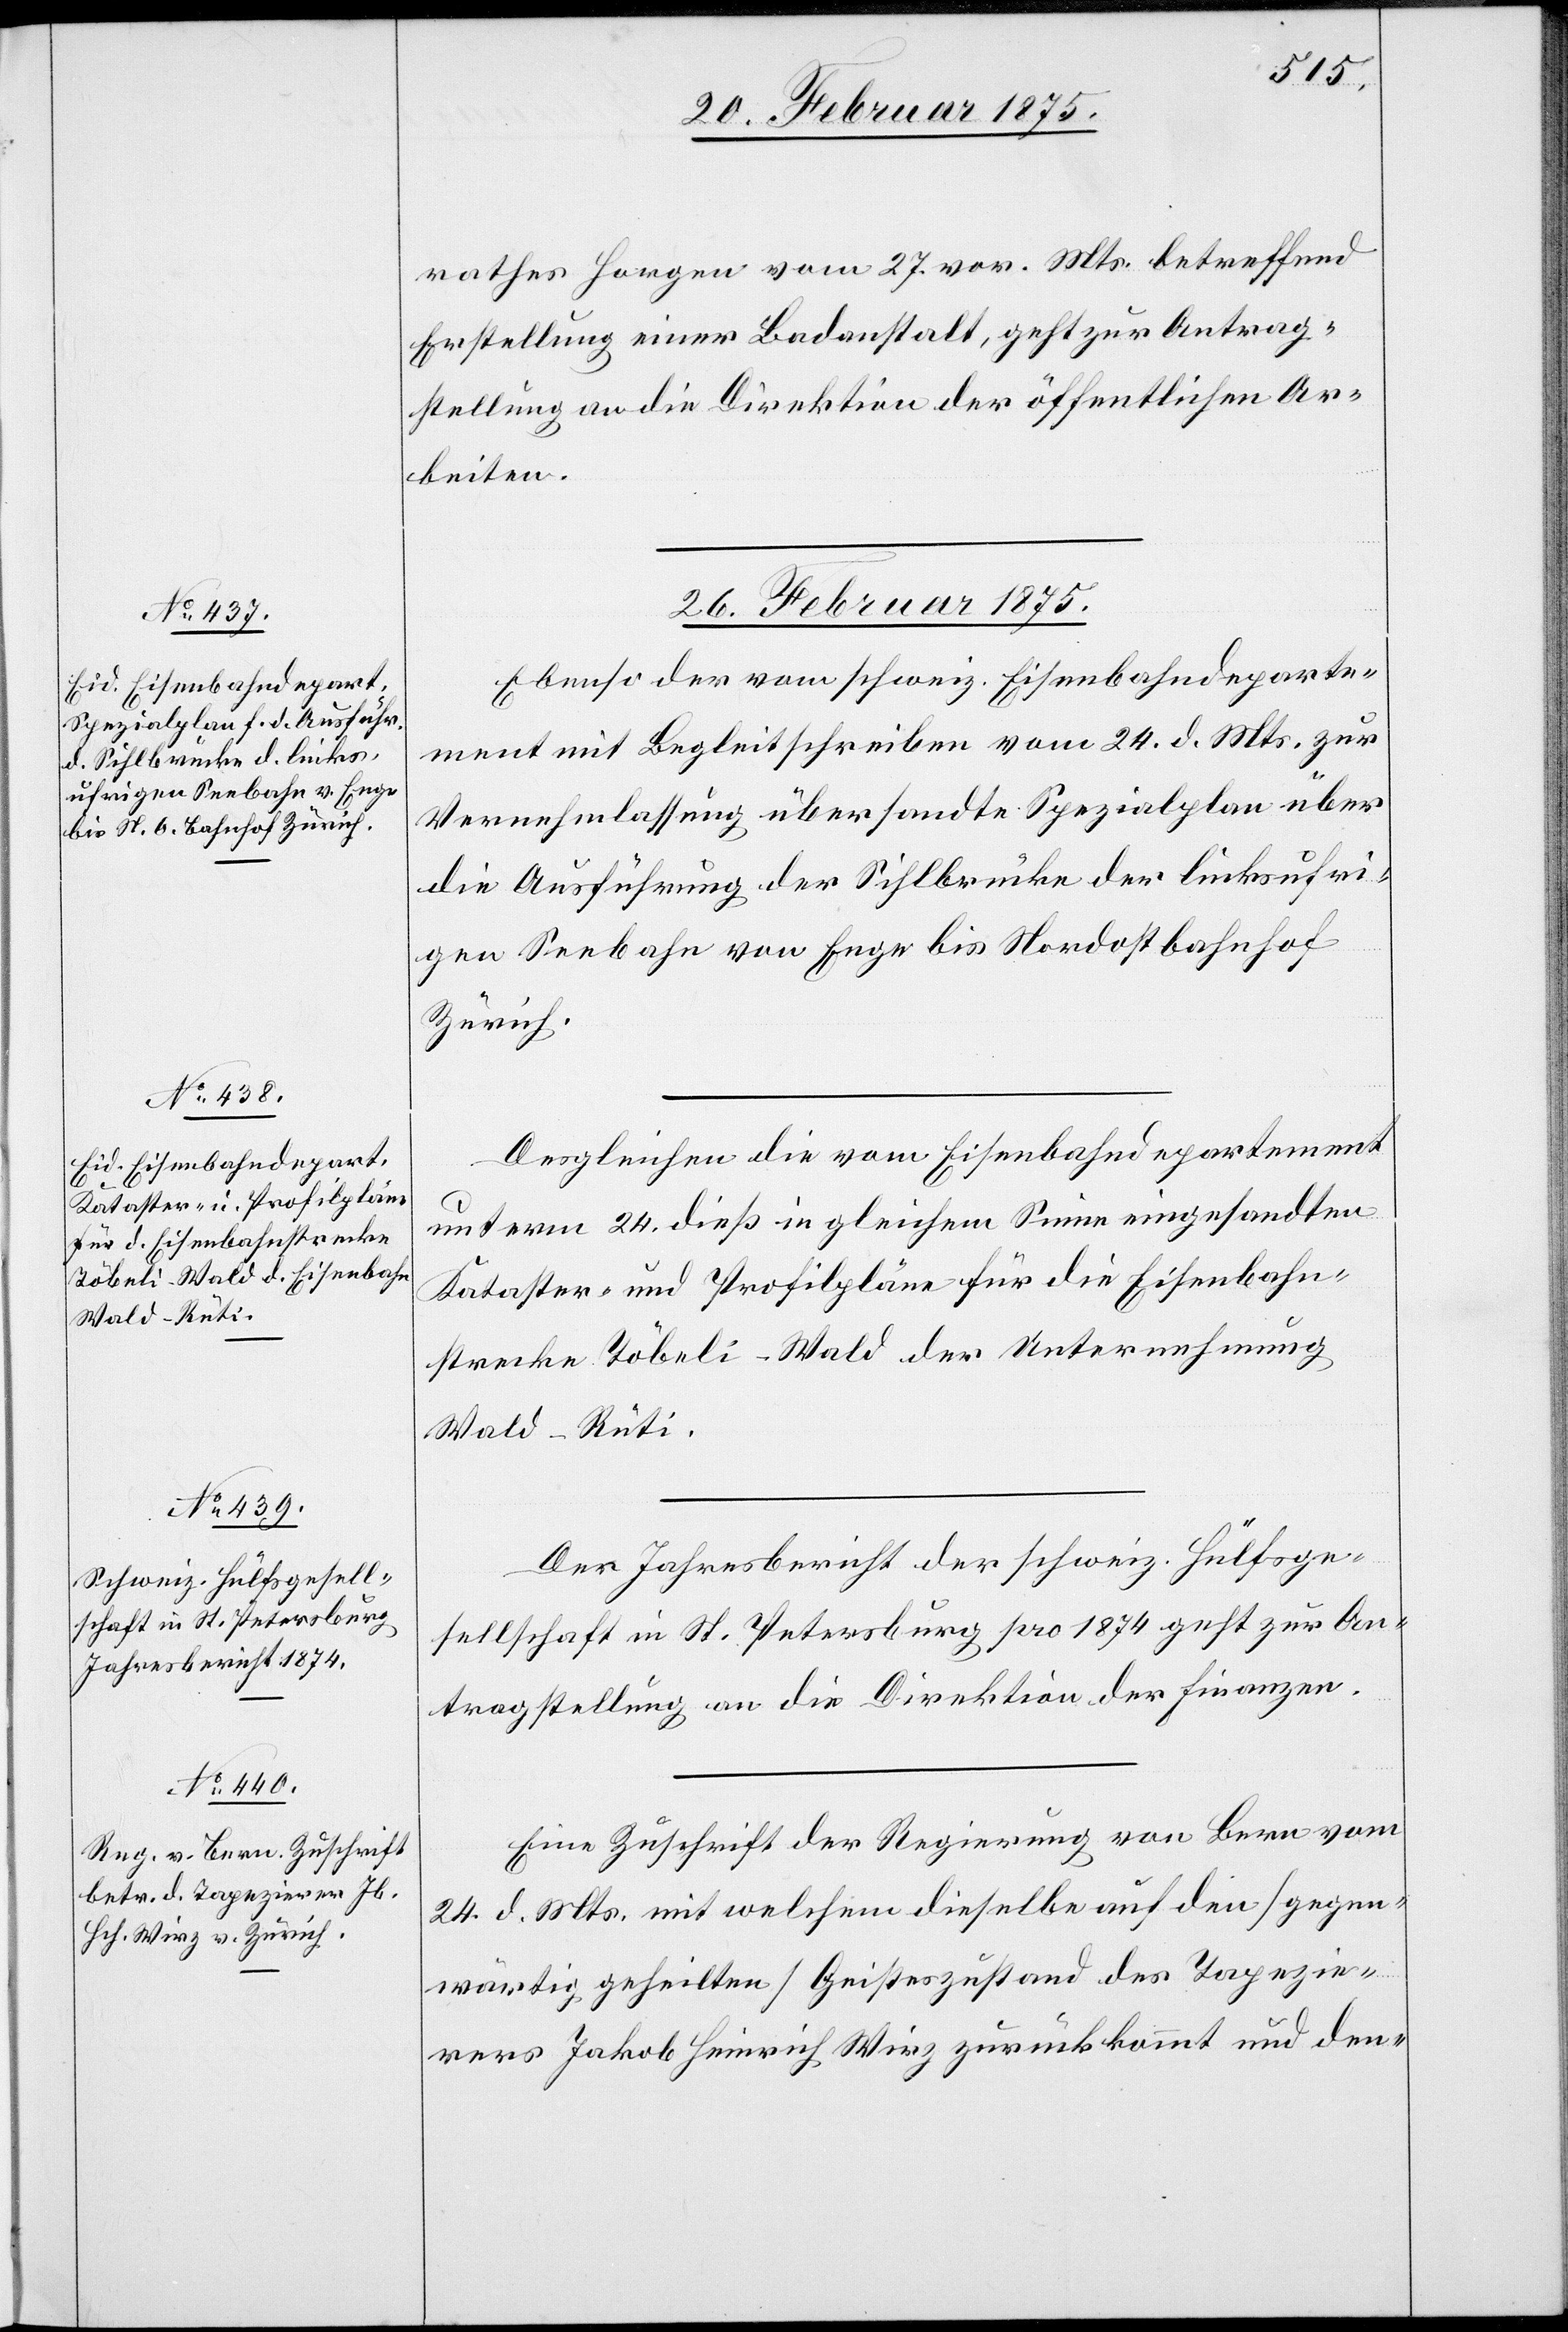
rathes Horgen vom 27. vor. Mts. betreffend
Erstellung einer Badanstalt, geht zur Antrag¬
stellung an die Direktion der öffentlichen Ar¬
beiten.
26. Februar 1875.]
Ebenso der vom schweiz. Eisenbahndeparte¬
ment mit Begleitschreiben vom 24. d. Mts. zur
Vernehmlassung übersandte Spezialplan über
die Ausführung der Sihlbrücke der linksufri¬
gen Seebahn von Enge bis Nordostbahnhof
Zürich.
Desgleichen die vom Eisenbahndepartement
unterm 24. dieß in gleichem Sinne eingesandten
Kataster- und Profilpläne für die Eisenbahn¬
strecke Töbeli–Wald der Unternehmung
Wald–Rüti.
Der Jahresbericht der schweiz. Hülfsge¬
sellschaft in St. Petersburg pro 1874 geht zur An¬
tragstellung an die Direktion der Finanzen.
Eine Zuschrift der Regierung von Bern vom
24. d. Mts. mit welchem dieselbe auf den [gegen¬
wärtig geheilten] Geisteszustand des Tapezie¬
rers Jakob Heinrich Wirz zurückkommt und den-